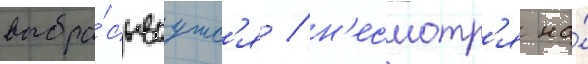
выбра́сываутс'я / н'есмотр'я на́